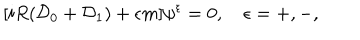
LaTeX: [ i R ( { \cal D } _ { 0 } + { \cal D } _ { 1 } ) + \epsilon m ] \psi ^ { \epsilon } = 0 , \quad \epsilon = + , - ,